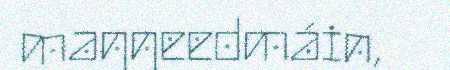
maŋŋeedmáin,